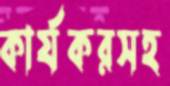
কার্যকরসহ